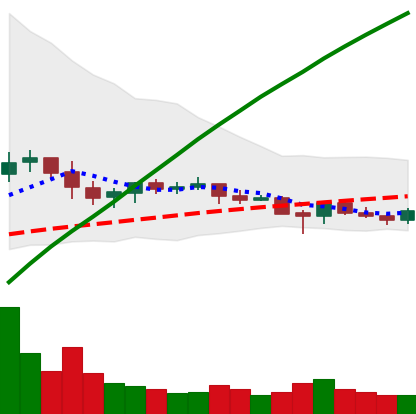
Ticker: ETC-USD
Chart end date: 2021-06-13
Forward return: -11.025%
Label: down_7plus